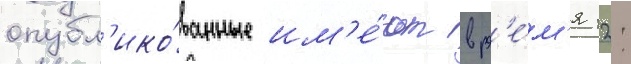
опубл'ико́ванные им'е́ют вр'е́м'я 12: